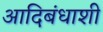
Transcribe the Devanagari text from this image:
आदिबंधाशी